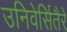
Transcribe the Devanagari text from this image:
उनिवेर्सितैरे